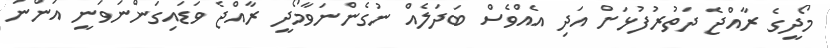
މޯދީގެ ރާއްޖެ ދަތުރުފުޅަށް އަދި އެއްވެސް ބަދަލެއް ނުގެންނަވާމޯދީ ރާއްޖެ ވަޑައިގަންނަވަނީ އަންނަ